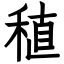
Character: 稙